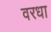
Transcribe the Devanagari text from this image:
वरधा